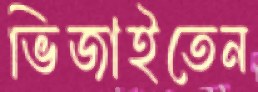
ভিজাইতেন